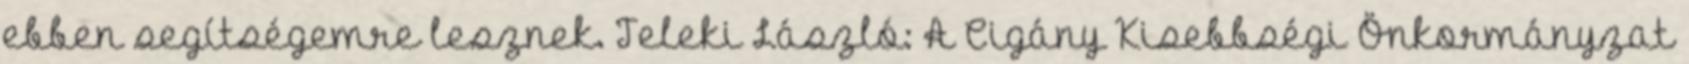
ebben segítségemre lesznek. Teleki László: A Cigány Kisebbségi Önkormányzat